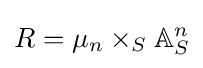
R=\mu _{n}\times _{S}\mathbb {A} _{S}^{n}